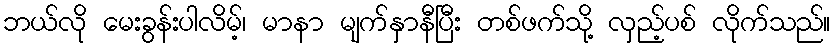
ဘယ်လို မေးခွန်းပါလိမ့်၊ မာနာ မျက်နှာနီပြီး တစ်ဖက်သို့ လှည့်ပစ် လိုက်သည်။